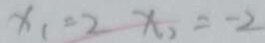
x _ { 1 } = 2 x _ { 2 } = - 2